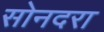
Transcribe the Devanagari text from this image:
सोनदरा